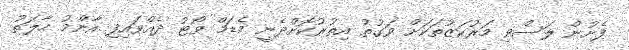
ފެށުން ލަސްވި މަރުކަޒުތަކަށް ވަގުތު އިތުރުކޮށްދެނީ މެޑަމް ވޯޓު ދެއްވައިފި އާންމު ހާލަތު